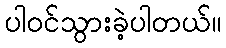
ပါဝင်သွားခဲ့ပါတယ်။